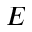
E